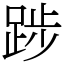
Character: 踄